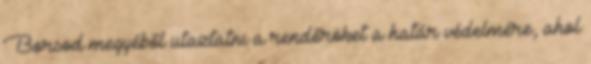
Borsod megyéből utaztatni a rendőröket a határ védelmére, ahol